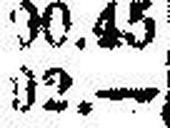
92.—